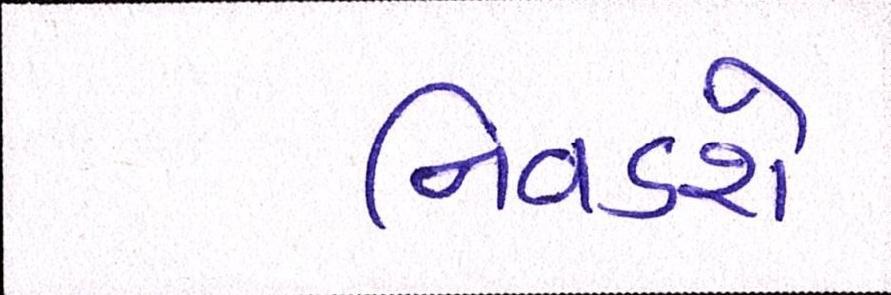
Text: નિવડશે